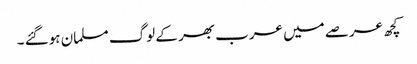
کچھ عرصے میں عرب بھر کے لوگ مسلمان ہوگئے ۔